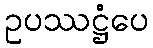
ဥပဿဋ္ဌံပေ